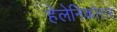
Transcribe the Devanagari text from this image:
हेलेनिकोत्तर